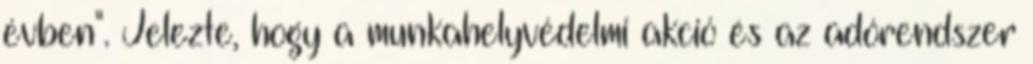
évben". Jelezte, hogy a munkahelyvédelmi akció és az adórendszer